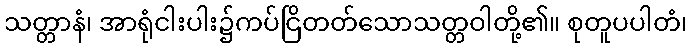
သတ္တာနံ၊ အာရုံငါးပါး၌ကပ်ငြိတတ်သောသတ္တဝါတို့၏။ စုတူပပါတံ၊